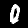
Label: 0